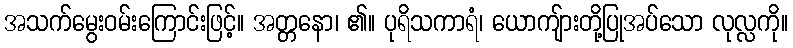
အသက်မွေးဝမ်းကြောင်းဖြင့်။ အတ္တနော၊ ၏။ ပုရိသကာရံ၊ ယောကျ်ားတို့ပြုအပ်သော လုလ္လကို။